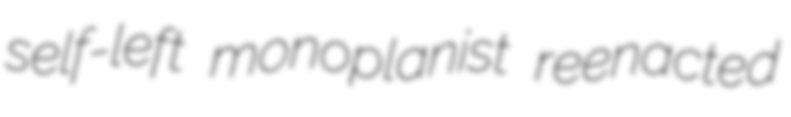
self-left monoplanist reenacted